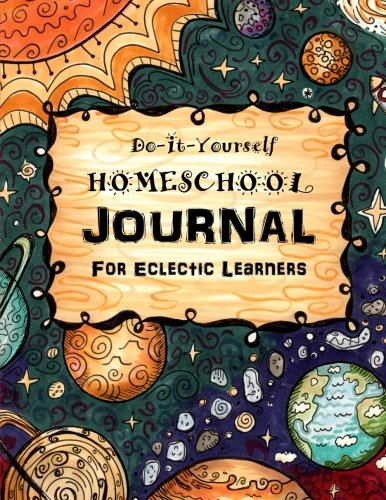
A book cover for Do It Yourself Homeschool Journal #3: For Eclectic Learners (Homeschooling Handbooks) (Volume 3); Sarah Janisse Brown; Education & Teaching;